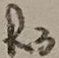
Text: R3